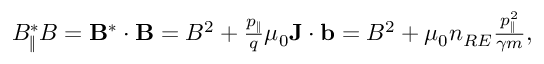
\begin{array} { r } { B _ { \| } ^ { * } B = { \bf B } ^ { * } \cdot { \bf B } = B ^ { 2 } + \frac { p _ { \| } } { q } \mu _ { 0 } { \bf J } \cdot { \bf b } = B ^ { 2 } + \mu _ { 0 } n _ { R E } \frac { p _ { \| } ^ { 2 } } { \gamma m } , } \end{array}